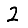
Digit: 2